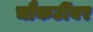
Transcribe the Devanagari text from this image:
चौकटींवर